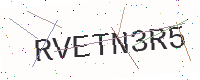
Text: RVETN3R5